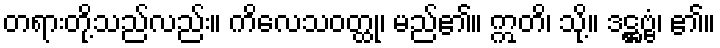
တရားတို့သည်လည်း။ ကိလေသဝတ္ထု၊ မည်၏။ ဣတိ၊ သို့။ ဒဋ္ဌဗ္ဗံ၊ ၏။